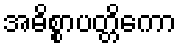
အဓိစ္စာပတ္တိကော